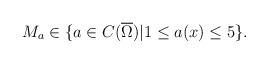
\begin{align*} M_{a} \in \{a\in C(\overline{\Omega })|1\leq a(x)\leq 5\}.\\ \end{align*}